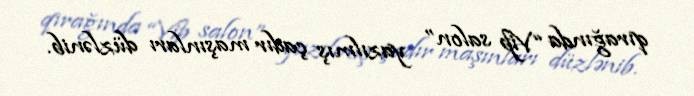
qırağında “Vip salon” yazılmış çadır maşınları düzlənib.